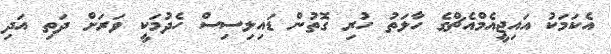
އެކަމަކު އައިޖީއެމްއެޗްގެ ހާލަތު ހުރި ގޮތުން ޑައިލިސިސް ހެދުމަކީ ވަރަށް ދަތި އަދި